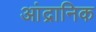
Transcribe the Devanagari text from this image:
आंद्रानिक